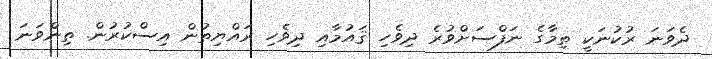
ދެވަނަ ރުކުނަކީ ތިމާގެ ނަފްސަށްވުރެ ދިވެހި ޤައުމާއި ދިވެހި ރައްޔިތުން އިސްކުރުން. ތިންވަނަ